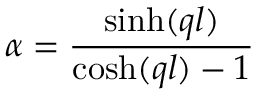
\alpha = \frac { \sinh ( q l ) } { \cosh ( q l ) - 1 }